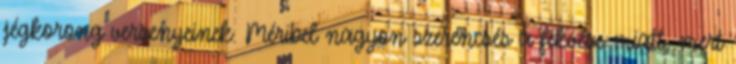
jégkorong versenyeinek. Méribel nagyon szerencsés a fekvése miatt, mert